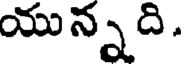
యున్నది.